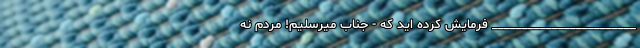
________________________ فرمایش کرده اید که - جناب میرسلیم! مردم نه